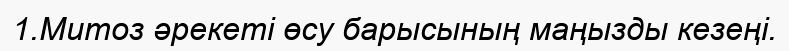
1.Митоз әрекеті өсу барысының маңызды кезеңі.